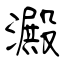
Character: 澱